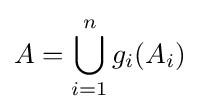
A=\bigcup _{i=1}^{n}g_{i}(A_{i})